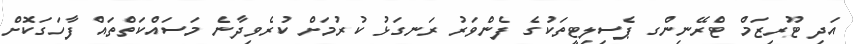
އަދި ޓޫރިޒަމް ޓްރޭނިންގ ޕެސިލިޓީތަކުގެ ފެންވަރު ރަނގަޅު ކުރުމަށް ކުރެވިދާނެ މަސައްކަތްތައް ފާހަގަކޮށް